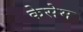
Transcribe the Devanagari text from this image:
केसेम